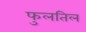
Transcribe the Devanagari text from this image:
फुलतिल